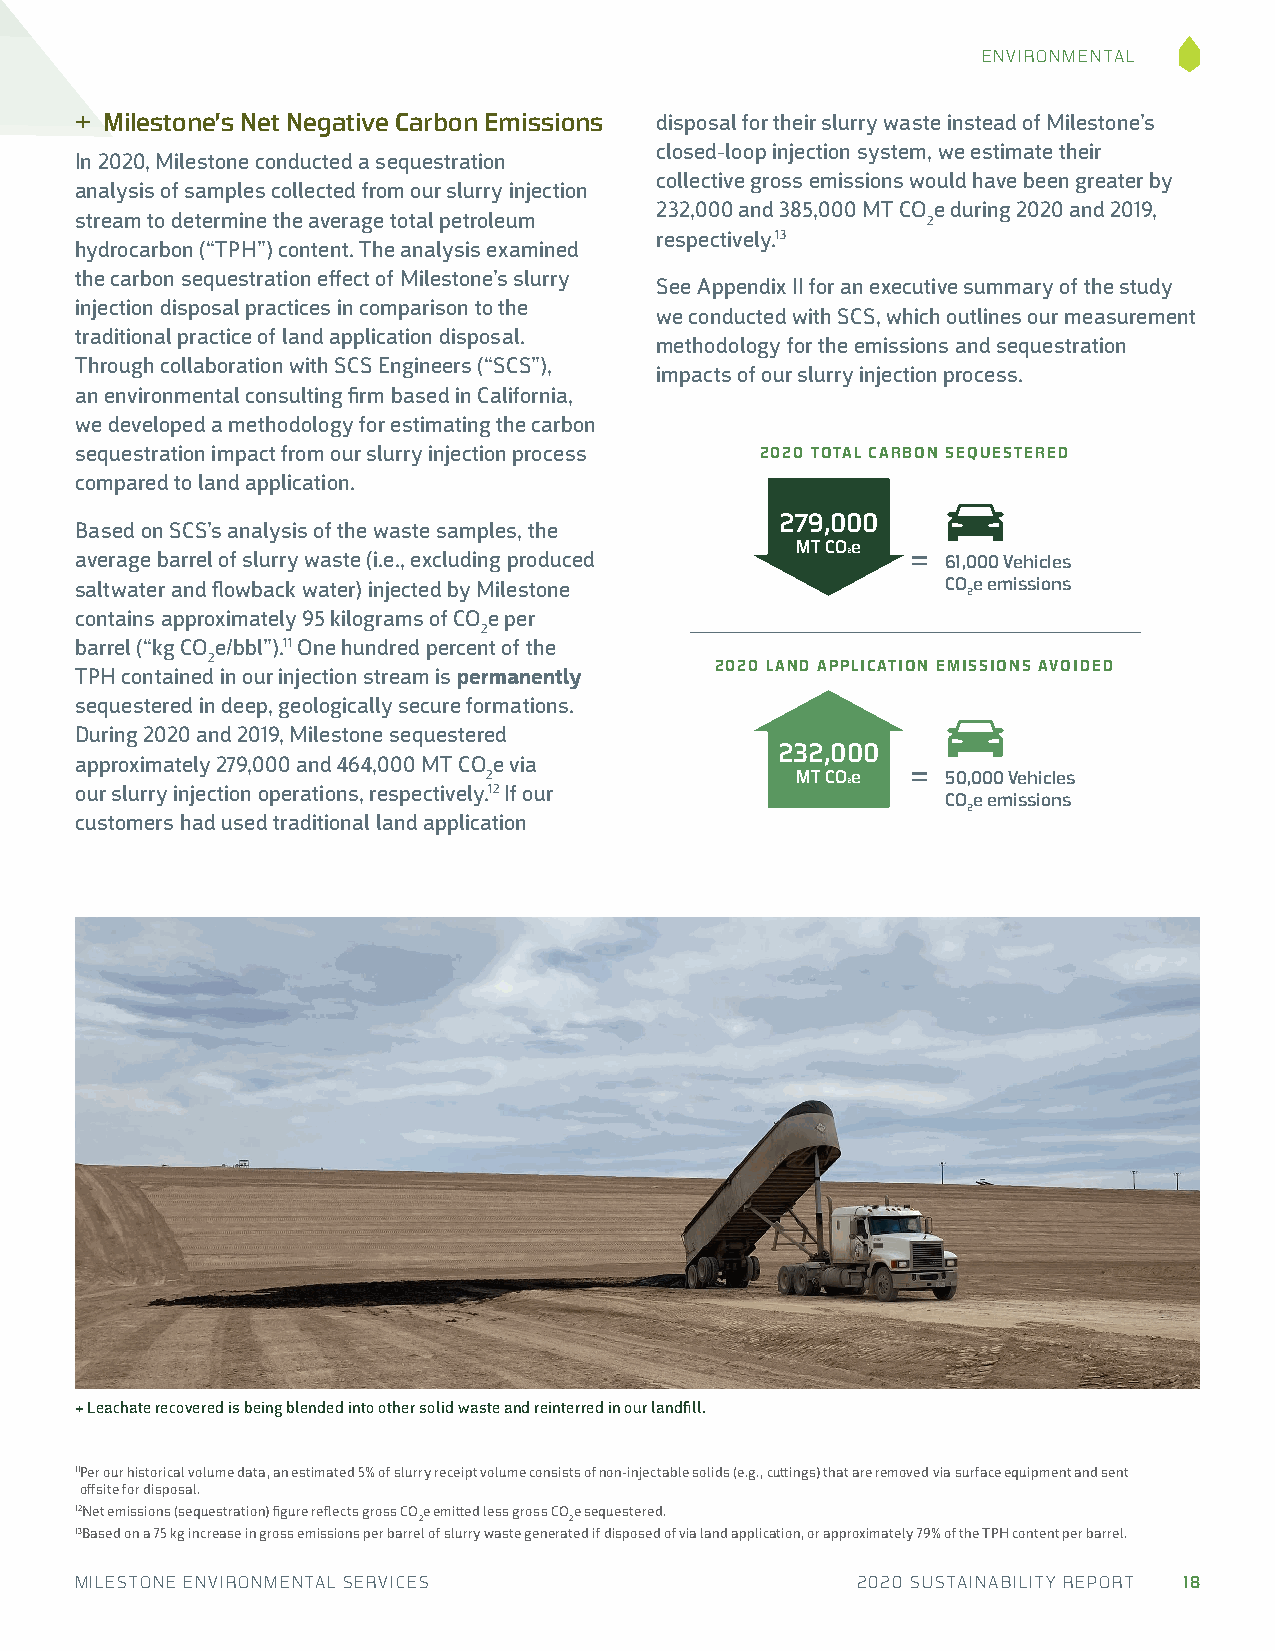
ENVIRONMENTAL
 + Milestone’s Net Negative Carbon Emissions disposal for their slurry waste instead of Milestone’s
 closed-loop injection system, we estimate their
 In 2020, Milestone conducted a sequestration
 collective gross emissions would have been greater by
 analysis of samples collected from our slurry injection
 232,000 and 385,000 MT CO e during 2020 and 2019,
 stream to determine the average total petroleum         2
 respectively.13
 hydrocarbon (“TPH”) content. The analysis examined
 the carbon sequestration effect of Milestone’s slurry
 See Appendix II for an executive summary of the study
 injection disposal practices in comparison to the
 we conducted with SCS, which outlines our measurement
 traditional practice of land application disposal.
 methodology for the emissions and sequestration
 Through collaboration with SCS Engineers (“SCS”),
 impacts of our slurry injection process.
 an environmental consulting firm based in California,
 we developed a methodology for estimating the carbon
 sequestration impact from our slurry injection process 2020 TOTAL CARBON SEQUESTERED
 compared to land application.
 279,000
 Based on SCS’s analysis of the waste samples, the
 average barrel of slurry waste (i.e., excluding produced
 MT CO₂e
 =  61,000 Vehicles
 saltwater and flowback water) injected by Milestone       COe emissions
 2
 contains approximately 95 kilograms of CO e per
 2
 barrel (“kg CO e/bbl”).11 One hundred percent of the
 2                                2020 LAND APPLICATION EMISSIONS AVOIDED
 TPH contained in our injection stream is permanently
 sequestered in deep, geologically secure formations.
 During 2020 and 2019, Milestone sequestered
 232,000
 approximately 279,000 and 464,000 MT CO e via
 2                    MT CO₂e = 50,000 Vehicles
 our slurry injection operations, respectively.12 If our
 COe emissions
 2
 customers had used traditional land application
 + Leachate recovered is being blended into other solid waste and reinterred in our landfill.
 11 Per our historical volume data, an estimated 5% of slurry receipt volume consists of non-injectable solids (e.g., cuttings) that are removed via surface equipment and sent
 offsite for disposal.
 12 Net emissions (sequestration) figure reflects gross COe emitted less gross COe sequestered.
 2         2
 13Based on a 75 kg increase in gross emissions per barrel of slurry waste generated if disposed of via land application, or approximately 79% of the TPH content per barrel.
 MILESTONE ENVIRONMENTAL SERVICES                    2020 SUSTAINABILITY REPORT 18